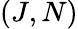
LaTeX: (J,N)